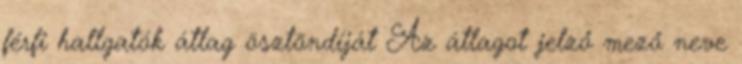
férfi hallgatók átlag ösztöndíját Az átlagot jelző mező neve